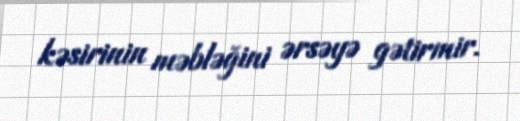
kəsirinin məbləğini ərsəyə gətirmir.